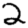
Digit: 2